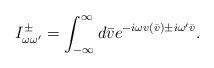
LaTeX: \begin{align*}I^{\pm}_{\omega \omega'}=\int_{-\infty}^{\infty}d\bar{v} e^{-i\omega v(\bar{v}) \pm i\omega' \bar{v}} .\end{align*}